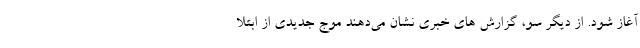
آغاز شود. از دیگر سو، گزارش های خبری نشان می‌دهند موج جدیدی از ابتلا